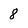
Character: 8